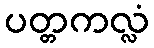
ပတ္တကလ္လံ